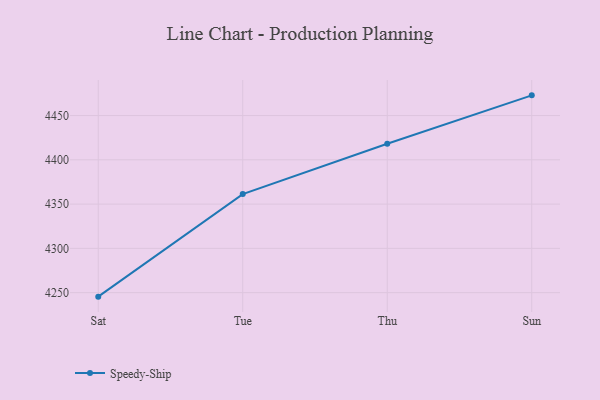
{"axis": {"x": "Day", "y": "Gross Profit (USD K)"}, "legend": ["Speedy-Ship"], "data": [{"x": "Sat", "y": 4245.5, "type": "Speedy-Ship"}, {"x": "Tue", "y": 4361.3, "type": "Speedy-Ship"}, {"x": "Thu", "y": 4418.2, "type": "Speedy-Ship"}, {"x": "Sun", "y": 4472.8, "type": "Speedy-Ship"}]}